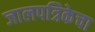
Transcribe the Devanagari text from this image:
जालपत्रिकेचा